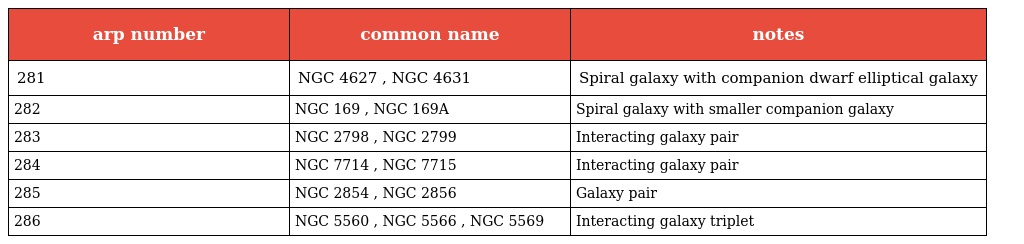
| arp number | common name | notes |
 | --- | --- | --- |
 | 281 | NGC 4627 , NGC 4631 | Spiral galaxy with companion dwarf elliptical galaxy |
 | 282 | NGC 169 , NGC 169A | Spiral galaxy with smaller companion galaxy |
 | 283 | NGC 2798 , NGC 2799 | Interacting galaxy pair |
 | 284 | NGC 7714 , NGC 7715 | Interacting galaxy pair |
 | 285 | NGC 2854 , NGC 2856 | Galaxy pair |
 | 286 | NGC 5560 , NGC 5566 , NGC 5569 | Interacting galaxy triplet |